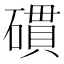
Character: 𥖏